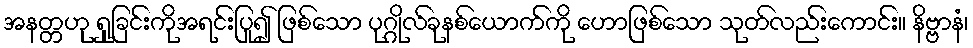
အနတ္တဟု ရှုခြင်းကိုအရင်းပြု၍ ဖြစ်သော ပုဂ္ဂိုလ်ခုနစ်ယောက်ကို ဟောဖြစ်သော သုတ်လည်းကောင်း။ နိဗ္ဗာနံ၊